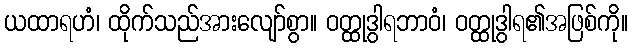
ယထာရဟံ၊ ထိုက်သည်အားလျော်စွာ။ ဝတ္ထုဒွါရဘာဝံ၊ ဝတ္ထုဒွါရ၏အဖြစ်ကို။